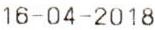
16-04-2018